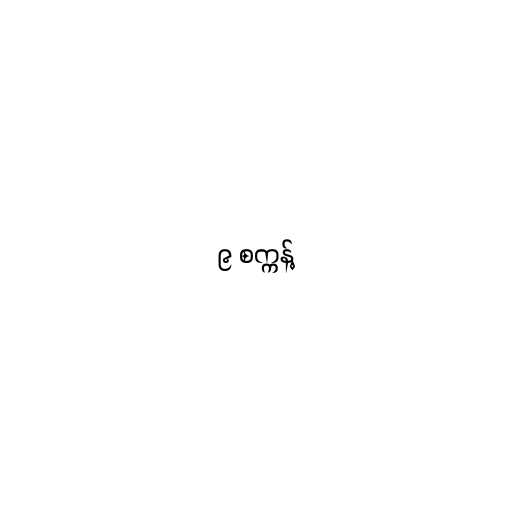
၉ စက္ကန့်